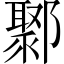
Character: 鄹